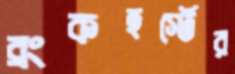
ব্রংকহর্স্টের